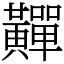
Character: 䵐